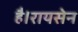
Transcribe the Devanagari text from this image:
है।रायसेन